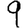
Digit: 9